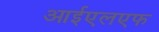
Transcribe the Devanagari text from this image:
आईएलएफ